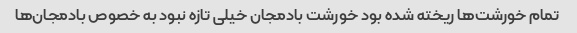
تمام خورشت‌ها ریخته شده بود خورشت بادمجان خیلی تازه نبود به خصوص بادمجان‌ها